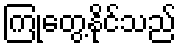
ကြုံတွေ့နိုင်သည်